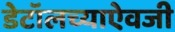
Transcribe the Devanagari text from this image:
डेटॉलच्याऐवजी